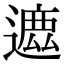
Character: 𨖥